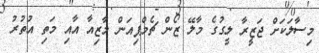
މިސާލަކަށް ޖަޒީރާ ލީގުގެ މާލޭ ޒޯން ޗެމްޕިއަން މާޒިއާ އާއި މަތި އުތުރު